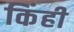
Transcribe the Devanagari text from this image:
किंही